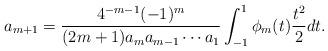
LaTeX: \begin{align*}a_{m+1} = \frac{4^{-m-1}(-1)^m}{(2m+1)a_m a_{m-1}\cdots a_1} \int_{-1}^1 \phi_m(t)\frac{t^2}{2} dt .\end{align*}